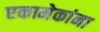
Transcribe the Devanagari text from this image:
एकामेकांना